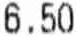
6.50